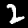
Digit: 2